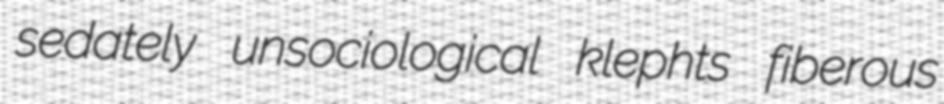
sedately unsociological klephts fiberous